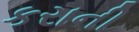
કરાની